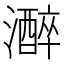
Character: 𤂭